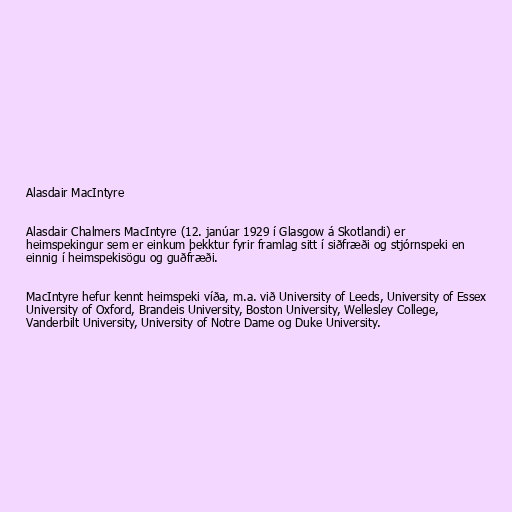
Alasdair MacIntyre

Alasdair Chalmers MacIntyre (12. janúar 1929 í Glasgow á Skotlandi) er
heimspekingur sem er einkum þekktur fyrir framlag sitt í siðfræði og stjórnspeki en
einnig í heimspekisögu og guðfræði.

MacIntyre hefur kennt heimspeki víða, m.a. við University of Leeds, University of Essex
University of Oxford, Brandeis University, Boston University, Wellesley College,
Vanderbilt University, University of Notre Dame og Duke University.